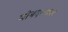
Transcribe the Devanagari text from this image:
मोबदल्यावर